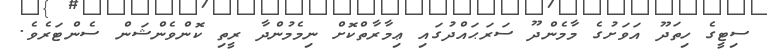
ސިޓީގެ ހިތަދޫ އަވަށުގެ މާމެންދޫ ސަރަޙައްދުގައި ޢިމާރާތްކޮށް ނިމެމުންދާ ރީތި ކޮންވެންޝަން ސެންޓަރެވެ.